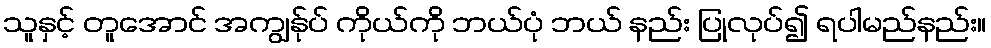
သူနှင့် တူအောင် အကျွန်ုပ် ကိုယ်ကို ဘယ်ပုံ ဘယ် နည်း ပြုလုပ်၍ ရပါမည်နည်း။